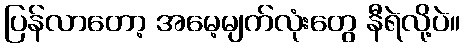
ပြန်လာတော့ အမေ့မျက်လုံးတွေ နီရဲလို့ပဲ။